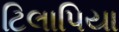
ટિલાપિયા